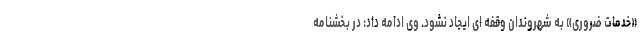
«خدمات ضروری» به شهروندان وقفه ای ایجاد نشود. وی ادامه داد: در بخشنامه